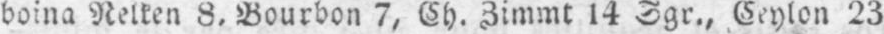
boina Relten 8, Bourbon 7, Ch. Zimmt 14 Sgr., Ceylon 23